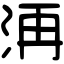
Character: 洅